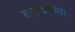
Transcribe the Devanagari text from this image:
संपादकीय।